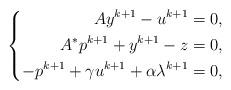
LaTeX: \begin{align*} \left\{ \begin{aligned} Ay^{k+1} -u^{k+1} &=0 ,\\ A^*p^{k+1} + y^{k+1}-z &= 0,\\ - p^{k+1}+\gamma u^{k+1} + \alpha \lambda^{k+1} &= 0, \end{aligned} \right. \end{align*}